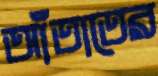
আঁতাতের